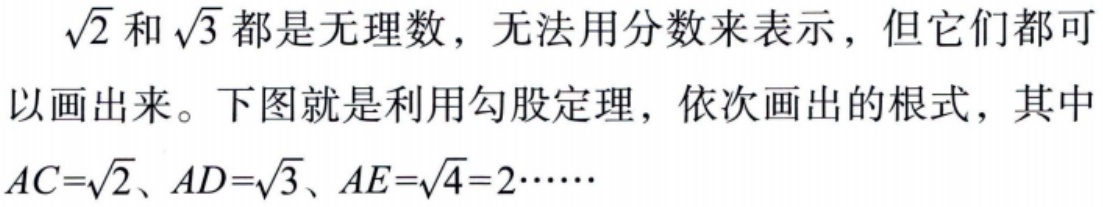
$\sqrt{2}$ 和 $\sqrt{3}$ 都是无理数，无法用分数来表示，但它们都可以画出来。下图就是利用勾股定理，依次画出的根式，其中$AC = \sqrt{2}$、$AD = \sqrt{3}$、$AE=\sqrt{4}=2\cdots\cdots$